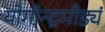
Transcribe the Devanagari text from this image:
योगीन्द्रमीड्यं